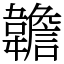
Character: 䪜